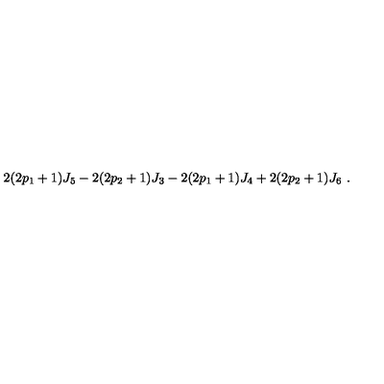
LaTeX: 2 ( 2 p _ { 1 } + 1 ) J _ { 5 } - 2 ( 2 p _ { 2 } + 1 ) J _ { 3 } - 2 ( 2 p _ { 1 } + 1 ) J _ { 4 } + 2 ( 2 p _ { 2 } + 1 ) J _ { 6 } \ .